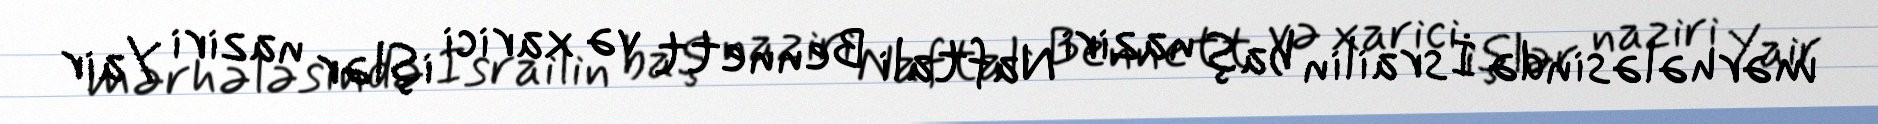
mərhələsində İsrailin baş naziri Naftali Bennett və xarici işlər naziri Yair